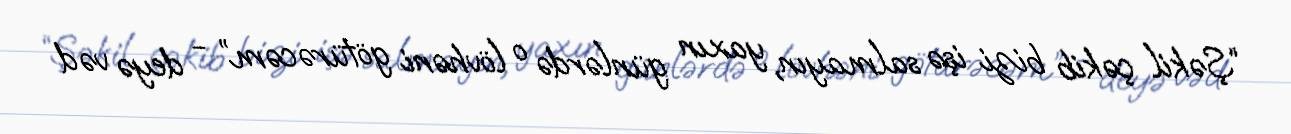
“Şəkil çəkib bizi işə salmayın, yaxın günlərdə o lövhəni götürəcəm” - deyə vəd